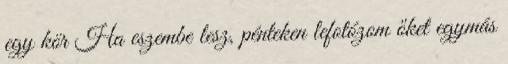
egy kör Ha eszembe lesz, pénteken lefotózom őket egymás